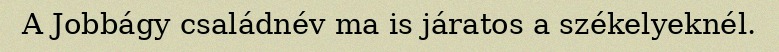
A Jobbágy családnév ma is járatos a székelyeknél.